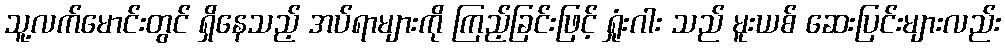
သူ့လက်မောင်းတွင် ရှိနေသည့် အပ်ရာများကို ကြည့်ခြင်းဖြင့် ရှုံးဂါး သည် မူးယစ် ဆေးပြင်းများလည်း